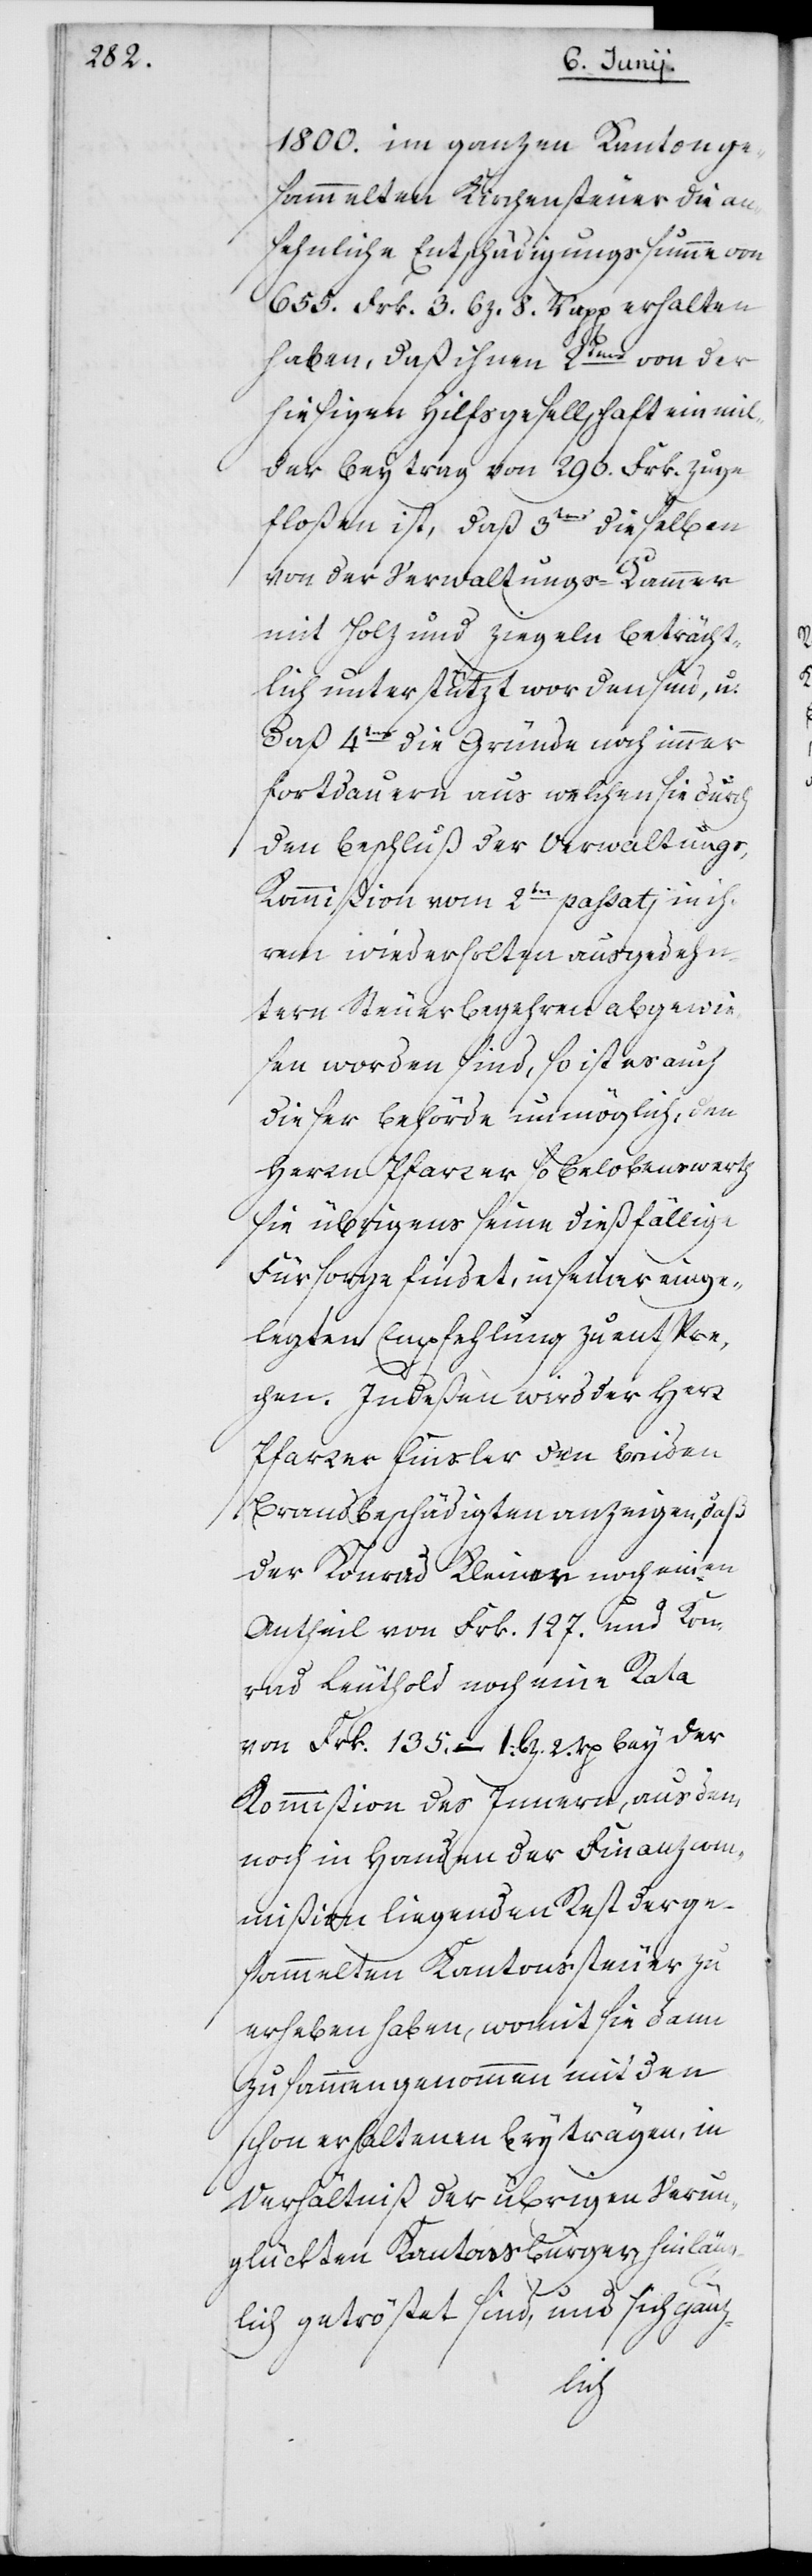
1800. im ganzen Kanton ge¬
sammelten Kirchensteuer die an¬
sehnliche Entschädigungssumme von
655. Frk. 3. Bz. 8. Rapp. erhalten
haben, daß ihnen 2tens von der
hiesigen Hilfsgesellschaft ein mil¬
der Beytrag von 290. Frk. zuge¬
floßen ist, daß 3tens dieselben
von der Verwaltungs-Kammer
mit Holz und Ziegeln beträcht¬
lich unterstützt worden sind, u:
daß 4tens die Gründe noch immer
fortdauern, aus welchen sie durch
den Beschluß der Verwaltung¬
s-Kommißion vom 2ten passatj in ih¬
rem wiederholten ausgedehn¬
tern Steuerbegehren abgewie¬
sen worden sind, so ist es auch
dieser Behörde unmöglich, den
Herrn Pfarrer so belobenswerth
sie übrigens seine dießfällige
Fürsorge findet, in seiner einge¬
legten Empfehlung zu entspre¬
chen. Indeßen wird der Herr
Pfarrer Finsler den beiden
Brandbeschädigten anzeigen, daß
der Konrad Kleiner noch einen
Antheil von Frk. 127. und Kon¬
rad Leuthold noch eine Rata
Kommißion des Innern, aus dem
noch in Handen der Finanzkom¬
mißion liegenden Rest der ge¬
sammelten Kantonssteuer zu
erheben haben, womit sie dann
zusammengenommen mit den
schon erhaltenen Beyträgen, in
Verhältniß der übrigen Verun¬
glückten Kantonsbürger, hinläng¬
2.
lich getröstet sind, und sich gänz-